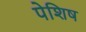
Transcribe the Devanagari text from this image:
पेशिष